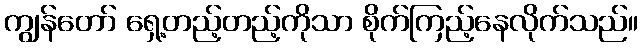
ကျွန်တော် ရှေ့တည့်တည့်ကိုသာ စိုက်ကြည့်နေလိုက်သည်။